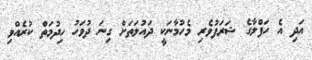
އަދި އެ ހަފްލާގެ ޝަރަފުވެރި މެހުމާނަކީ ދައުލަތަށް ގިނަ ދުވަހު ހިދުމަތް ކުރެއްވި